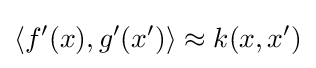
\langle f'(x),g'(x')\rangle \approx k(x,x')